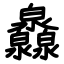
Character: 灥